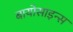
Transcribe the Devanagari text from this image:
बायोसाइन्स